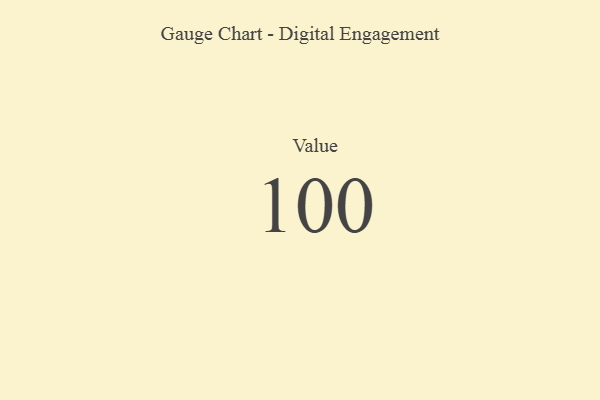
{"axis": {"x": "Metric", "y": "Value"}, "legend": [""], "data": [{"x": "Value", "y": 100, "type": ""}]}